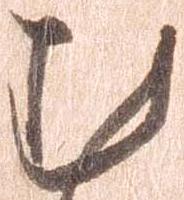
む